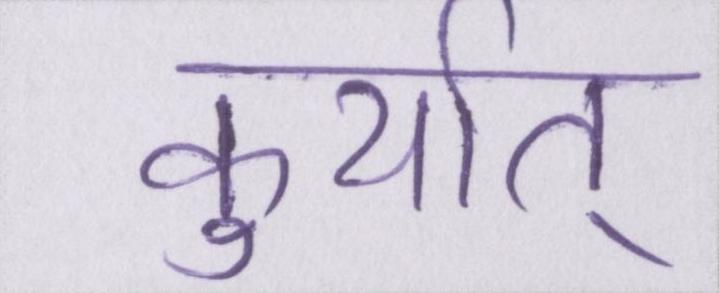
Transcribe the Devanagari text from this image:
कुर्यात्